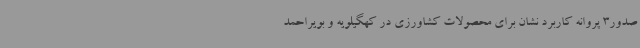
صدور3 پروانه کاربرد نشان برای محصولات کشاورزی در کهگیلویه و بویراحمد